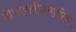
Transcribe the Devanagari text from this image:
दीपावलीप्रमाणेच